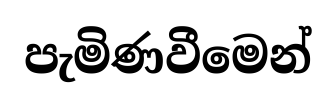
පැමිණවීමෙන්